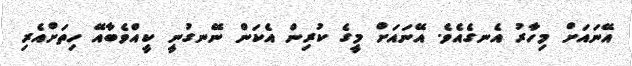
އޭނައަށް މިހާރު އެނގެއެވެ. އޭނައަށް މީގެ ކުރިން އެކަން ނޭނގުނީ ކީއްވެބާއޭ ހިތަށްއެރި